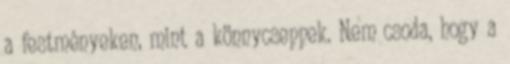
a festményeken, mint a könnycseppek. Nem csoda, hogy a